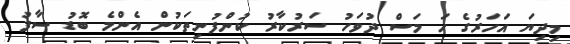
މިދިޔަ އަހަރުގެ ހަ މަސް ދުވަހު ސަރުކާރު ކުންފުނިތަކުން އެންމެ ބޮޑު ސާފު